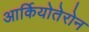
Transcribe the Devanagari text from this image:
आर्कियोतेरोन